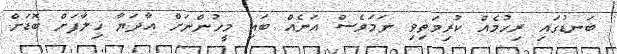
ބަނޑުގައި ރިހުމެއް ކުރިމަތިވި ނަމަވެސް އަނެއް ބައި މީހުންނަށް އާދަޔާ ޚިލާފަށް ބޮޑަށް